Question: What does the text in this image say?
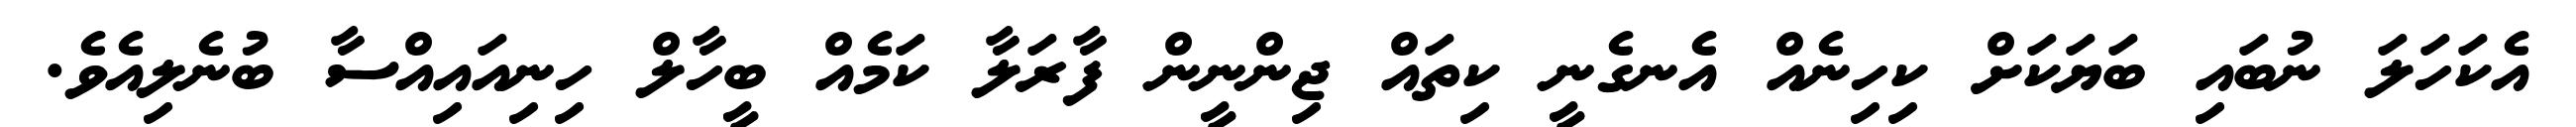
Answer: އެކަހަލަ ނުބައި ބަޔަކަށް ކިހިނެއް އެނގެނީ ކިތައް ޖިންނީން ފާރަލާ ކަމެއް ބީހާލް ހިނިއައިއްސާ ބުނެލިއެވެ.